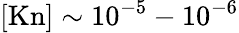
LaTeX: [\mathrm{Kn}]\sim 10^{-5}-10^{-6}